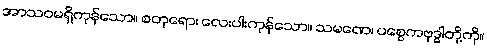
အာသဝမရှိကုန်သော။ စတုရော၊ လေးပါးကုန်သော။ သမဏေ၊ ပစ္စေကဗုဒ္ဓါတို့ကို။